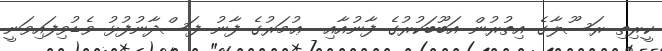
ކީރިތި ރަސޫލާގެ އިތުރުން އަބޫބަކުރުގެ ފާނުއާއި  ޢުމަރުގެ ފާނު ފަސްދާނުފުޅު ވެޑުވިފައިވަނީ